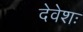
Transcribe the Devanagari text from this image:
देवेशः